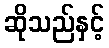
ဆိုသည်နှင့်